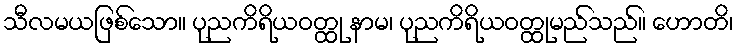
သီလမယဖြစ်သော။ ပုညကိရိယဝတ္ထု နာမ၊ ပုညကိရိယဝတ္ထုမည်သည်။ ဟောတိ၊